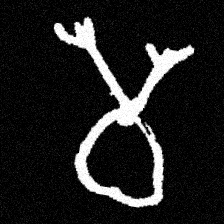
Pyu character \u2014 Myanmar letter: မ (romanized: ma)